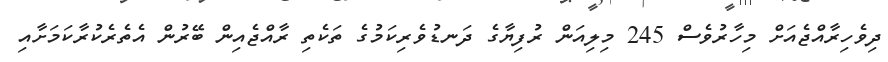
ދިވެހިރާއްޖެއަށް މިހާރުވެސް 245 މިލިއަން ރުފިޔާގެ ދަނޑުވެރިކަމުގެ ތަކެތި ރާއްޖެއިން ބޭރުން އެތެރެކުރާކަމަށާއި